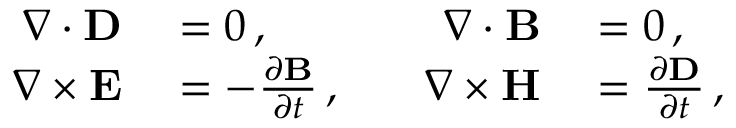
\begin{array} { r l r l } { \nabla \cdot { \bf D } } & { { } = 0 \, , \quad } & { \nabla \cdot { \bf B } } & { { } = 0 \, , } \\ { \nabla \times { \bf E } } & { { } = - \frac { \partial { \bf B } } { \partial t } \, , \quad } & { \nabla \times { \bf H } } & { { } = \frac { \partial { \bf D } } { \partial t } \, , } \end{array}